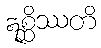
ဣစ္ဆိဿတိ